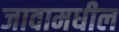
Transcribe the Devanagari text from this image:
जावामधील